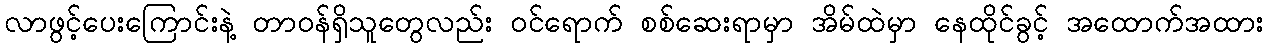
လာဖွင့်ပေးကြောင်းနဲ့ တာဝန်ရှိသူတွေလည်း ဝင်ရောက် စစ်ဆေးရာမှာ အိမ်ထဲမှာ နေထိုင်ခွင့် အထောက်အထား